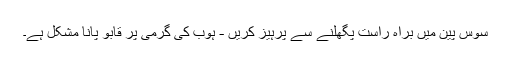
سوس پین میں براہ راست پگھلنے سے پرہیز کریں - ہوب کی گرمی پر قابو پانا مشکل ہے۔